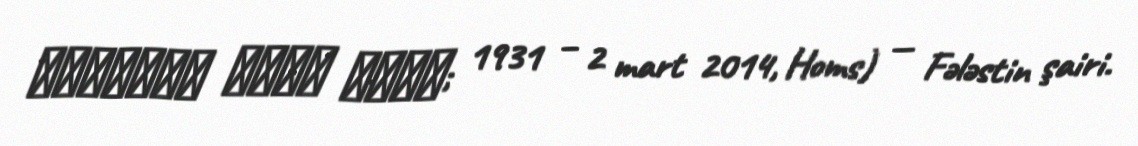
إبراهيم محمد صالح; 1931 – 2 mart 2014, Homs) — Fələstin şairi.